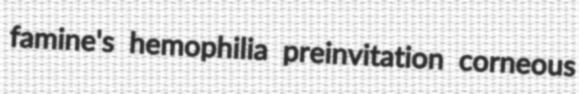
famine's hemophilia preinvitation corneous